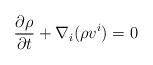
LaTeX: \begin{align*}\frac{\partial \rho }{\partial t}+\nabla _i(\rho v^i)=0\end{align*}